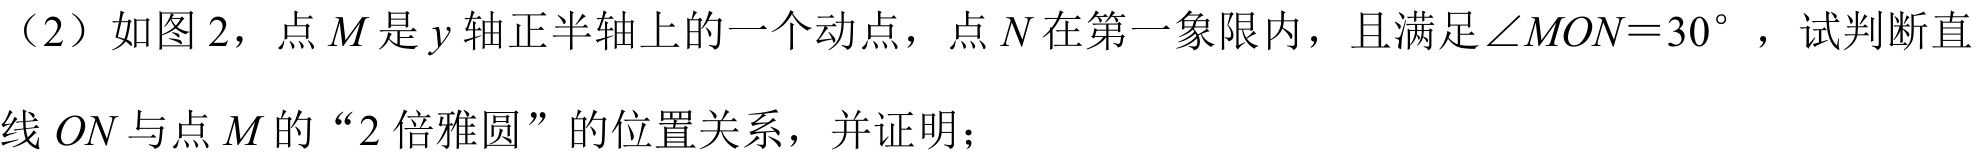
（2）如图 2，点 \(M\) 是 \(y\) 轴正半轴上的一个动点，点 \(N\) 在第一象限内，且满足 \(\angle MON = 30^{\circ}\)，试判断直线 \(ON\) 与点 \(M\) 的“\(2\) 倍雅圆”的位置关系，并证明；